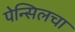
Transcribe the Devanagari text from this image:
पेन्सिलचा